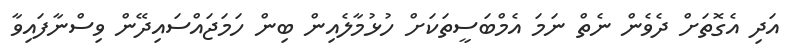
އަދި އެގޮތަށް ދެވެން ނެތް ނަމަ އެމްބަސީތަކަށް ހުޅުމާލެއިން ބިން ހަމަޖައްސައިދޭން ވިސްނާފައިވާ